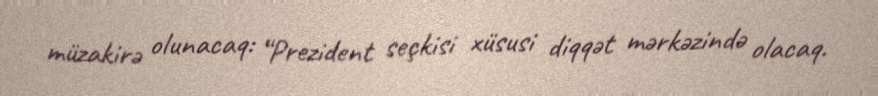
müzakirə olunacaq: “Prezident seçkisi xüsusi diqqət mərkəzində olacaq.